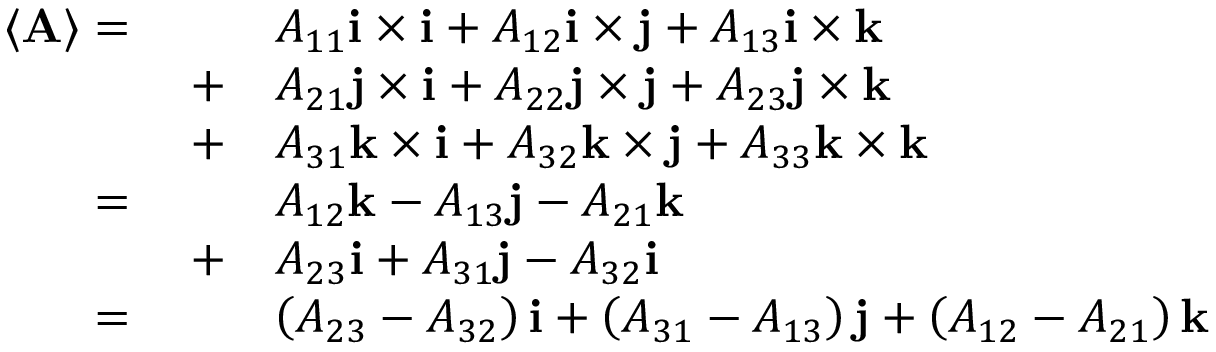
{ \begin{array} { r l } { \langle \mathbf { A } \rangle = \qquad } & { A _ { 1 1 } \mathbf { i } \times \mathbf { i } + A _ { 1 2 } \mathbf { i } \times \mathbf { j } + A _ { 1 3 } \mathbf { i } \times \mathbf { k } } \\ { + } & { A _ { 2 1 } \mathbf { j } \times \mathbf { i } + A _ { 2 2 } \mathbf { j } \times \mathbf { j } + A _ { 2 3 } \mathbf { j } \times \mathbf { k } } \\ { + } & { A _ { 3 1 } \mathbf { k } \times \mathbf { i } + A _ { 3 2 } \mathbf { k } \times \mathbf { j } + A _ { 3 3 } \mathbf { k } \times \mathbf { k } } \\ { = \qquad } & { A _ { 1 2 } \mathbf { k } - A _ { 1 3 } \mathbf { j } - A _ { 2 1 } \mathbf { k } } \\ { + } & { A _ { 2 3 } \mathbf { i } + A _ { 3 1 } \mathbf { j } - A _ { 3 2 } \mathbf { i } } \\ { = \qquad } & { \left( A _ { 2 3 } - A _ { 3 2 } \right) \mathbf { i } + \left( A _ { 3 1 } - A _ { 1 3 } \right) \mathbf { j } + \left( A _ { 1 2 } - A _ { 2 1 } \right) \mathbf { k } } \end{array} }